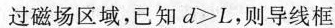
过磁场区域，已知$$d > L$$，则导线框